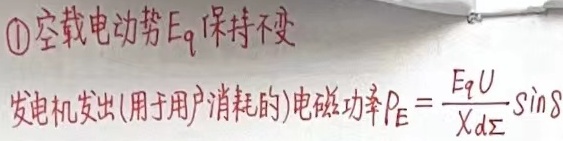
\textcircled{1}空载电动势\(E_{q}\)保持不变，发电机发出（用于用户消耗的）电磁功率\(P_{E}=\frac{E_{q}U}{X_{d\Sigma}}\sin\delta\)